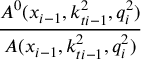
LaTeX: \frac { { \cal A } ^ { 0 } ( x _ { i - 1 } , k _ { t i - 1 } ^ { 2 } , q _ { i } ^ { 2 } ) } { { \cal A } ( x _ { i - 1 } , k _ { t i - 1 } ^ { 2 } , q _ { i } ^ { 2 } ) }